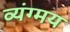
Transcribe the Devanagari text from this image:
व्यंग्मय